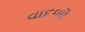
વાદળૉ